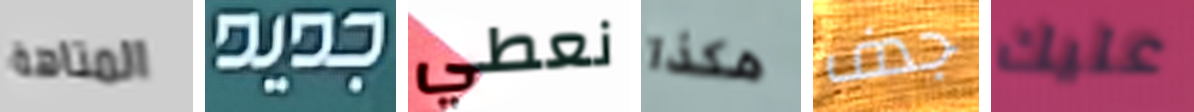
المتاهة جديد نعطي هكذا جدف عليك